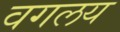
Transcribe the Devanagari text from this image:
वगलय